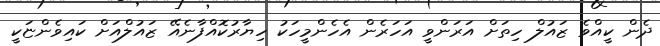
ދެން ކީއްވެ ޒައުލް ހިތަށް އަރަންވީ އަހަރެން އެހެންމީހަކު ހިޔާރުކޮއްފާނެއޭ ޒައުލްއަށް ކައިވެންޏަކީ